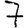
Digit: 7